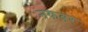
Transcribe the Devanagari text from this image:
नकबर